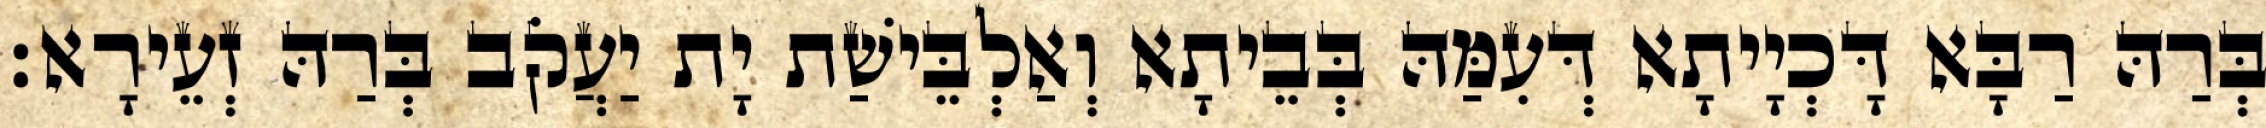
בְּרַהּ רַבָּא דָּכְיָיתָא דְּעִמַּהּ בְּבֵיתָא וְאַלְבֵּישַׁת יָת יַעֲקֹב בְּרַהּ זְעֵירָא׃